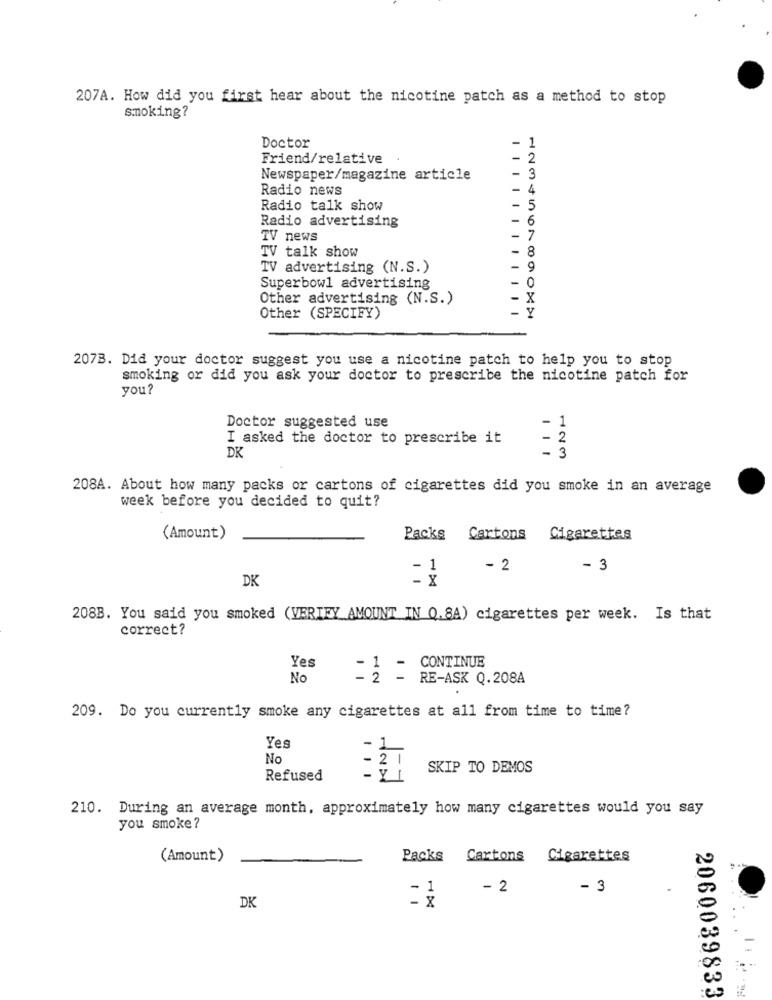
207A. How did you first hear about the nicotine patch as a method to stop
smoking?
Doctor
- 1
Friend/relative
- 2
Newspaper/magazine article
- 3
Radio news
- 4
Radio talk show
5
Radio advertising
6
TV news
7
TV talk show
8
TV advertising (N.S.)
9
Superbowl advertising
0
Other advertising (N.S.)
Other (SPECIFY)
207B. Did your doctor suggest you use a nicotine patch to help you to stop
smoking or did you ask your doctor to prescribe the nicotine patch for
you?
Doctor suggested use
- 1
I asked the doctor to prescribe it
- 2
DK
- 3
208A. About how many packs or cartons of cigarettes did you smoke in an average
week before you decided to quit?
(Amount)
Packs Cartons
Cigarettes
- 3
DK
- 2
208B. You said you smoked (VERIFY AMOUNT IN 0.84) cigarettes per week. Is that
correct?
Yes
-1 - CONTINUE
No
- 2 - RE-ASK Q.208A
209. Do you currently smoke any cigarettes at all from time to time?
Yes
No
SKIP TO DEMOS
Refused
210. During an average month, approximately how many cigarettes would you say
you smoke ?
(Amount)
Packs Cartons
Cigarettes
- 1
- 2
- 3
. x
DK
2060039833